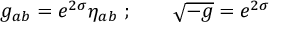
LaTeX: g _ { a b } = e ^ { 2 \sigma } \eta _ { a b } \ ; \qquad \sqrt { - g } = e ^ { 2 \sigma }